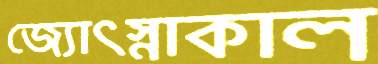
জ্যোৎস্নাকাল